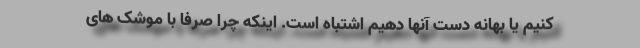
کنیم یا بهانه دست آنها دهیم اشتباه است. اینکه چرا صرفا با موشک های